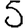
Digit: 5